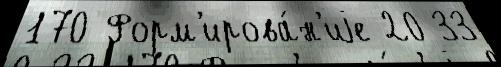
170 Форм'ирова́н'иjе 20 33